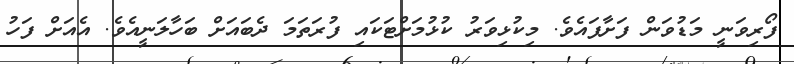
ފޯރިވަނީ މަޑުވަން ފަށާފައެވެ. މިކުޅިވަރު ކުޅުމަށްޓަކައި ފުރަތަމަ ދެބައަށް ބަހާލަނީއެވެ. އެއަށް ފަހު